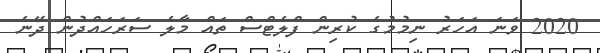
2020 ވަނަ އަހަރު ނިމުމުގެ ކުރިން ފްލެޓްސް ތައް މާލެ ސަރަހައްދުން ދޭނެ